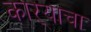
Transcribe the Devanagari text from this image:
काऱ्याचा